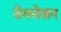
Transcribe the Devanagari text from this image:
सेक्सेशन